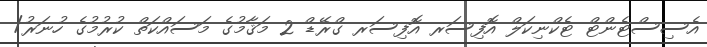
އެސިސްޓެންޓް ޓެކްނިކަލް އޮފިސަރ އޮފިސަރ ގްރޭޑް 2 މަޤާމުގެ މަސައްކަތް ކުރުމުގެ ހުނަރު/